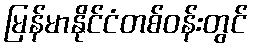
မြန်မာနိုင်ငံတစ်ဝန်းတွင်